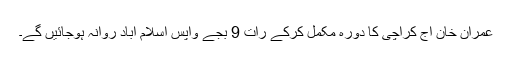
عمران خان آج کراچی کا دورہ مکمل کرکے رات 9 بجے واپس اسلام آباد روانہ ہوجائیں گے۔